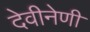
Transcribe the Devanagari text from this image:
देवीनेणी